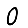
Digit: 0